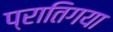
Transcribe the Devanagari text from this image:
प्रातिगया